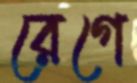
রেগে